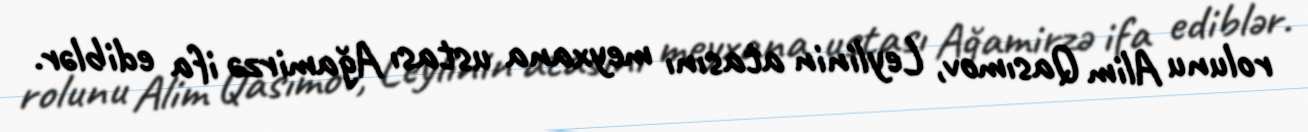
rolunu Alim Qasımov, Leylinin atasını meyxana ustası Ağamirzə ifa ediblər.